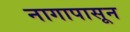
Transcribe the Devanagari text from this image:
नागापासून